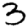
Digit: 3